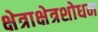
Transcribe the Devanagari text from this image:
क्षेत्राक्षेत्रशोधन